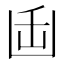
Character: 𭂻